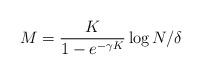
LaTeX: \begin{align*}M = \frac{K}{1-e^{-\gamma K }} \log N/\delta\end{align*}